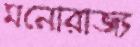
মনোরাজ্য